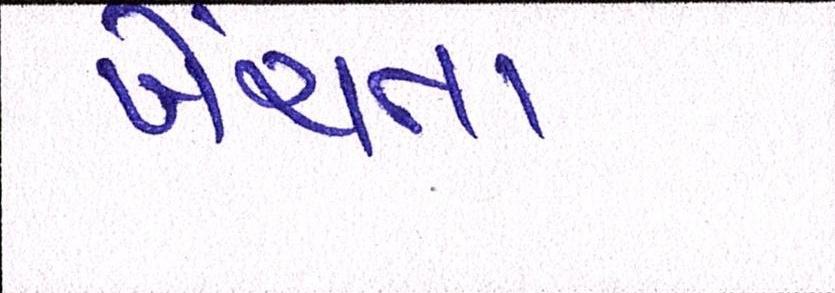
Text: ખેંચતા